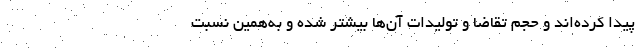
پیدا کرده‌اند و حجم تقاضا و تولیدات آن‌ها بیشتر شده و به‌همین نسبت